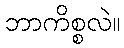
ဘာကိစ္စလဲ။